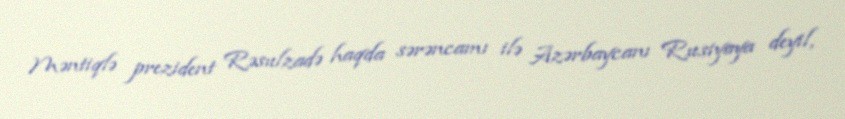
Məntiqlə prezident Rəsulzadə haqda sərəncamı ilə Azərbaycanı Rusiyaya deyil,